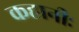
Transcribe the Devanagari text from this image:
कहानीः